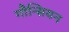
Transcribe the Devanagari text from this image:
गौन्सियन